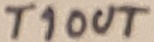
Text: T1OUT